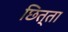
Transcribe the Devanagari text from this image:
छित्ता